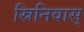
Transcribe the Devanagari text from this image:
स्रिनिवास्